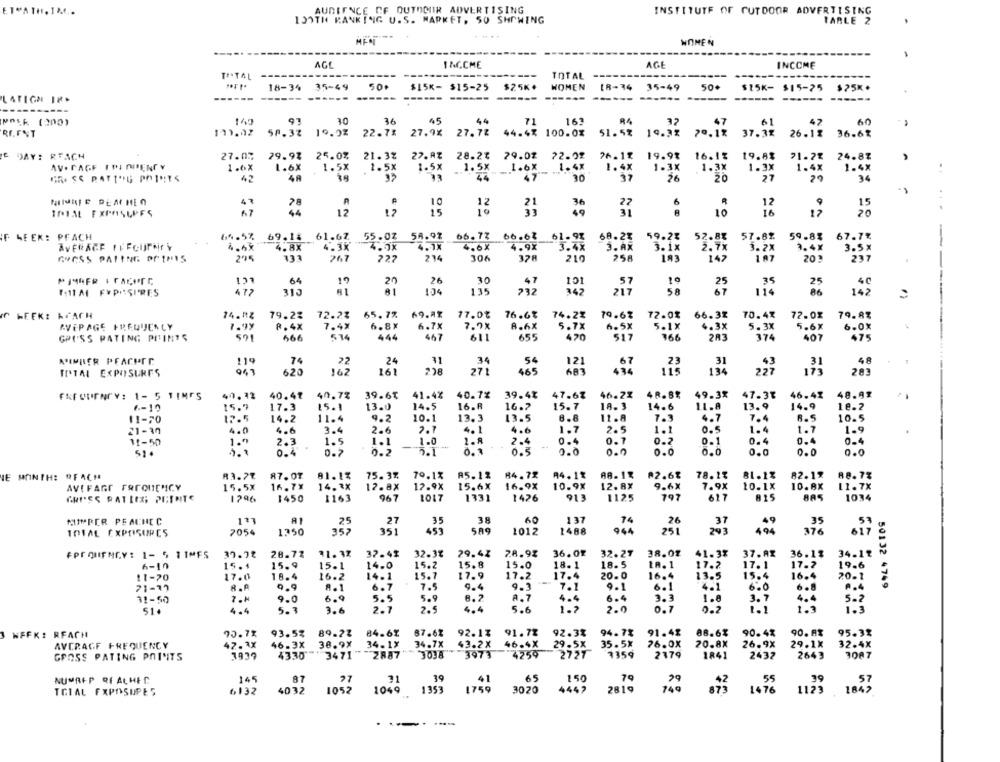
ETMATH, 1M.C.
AUDIENCE CF OUTDOOR ADVERTISING
INSTITUTF OF CUTDOOR ADVERTISING
130TH RANKING U. S. MARKET. SO SHOWING
TABLE Z
WOMEN
AGE
INCOME
AGE
INCOME
TOTAL --
---
----
TOTAL
50
18-34 35-49
$15K- $15-25
$25K +
WOMEN
18-34
35-49
50+
$15K- $15-25
$25K+
LATION IP.
------
-----
------
----
----
------
----
----------
NOSk (200)
149
3.0
36
44
163
R4
32
61
47
60
71
RGENT
111.02
58.3%
19.92
22.7%
27.9X
27.7%
44.4%
100.0%
51.5%
19.3%
79.1%
37.32
26.1%
36.62
E DAY: REACH
27.07
29.94
25.0%
21.3%
22.AZ
28.2%
79.02
72.02
26.11
19.98 16.11
19.88
71.2%
24.87
AV. PAGE IRI CIENCY
1.6X
1.6X
1.5X
1.5x
1.5x
1.5X
1.6X
1.4X
1.4X
1-3X
1.3X
1.3X
1.4X
1.4X
CROSS RATING POINTS
42
48
37
33
44
47
30
37
26
20
27
29
34
10
6
12
9
TOTAL EXPASLPES
12
12
15
12
49
27
R
10
16
17
20
F WEEK: PFACH
64.5% 69.18 61.67
55.0Z 58.97
66.77
66.62
61.9%
68.2%
59.2%
52.8%
57.8%
59.8%
67.7%
4.8X
4.3x
4.0X
4.1x
4.6X
4.9X
3.4X
3. AX
3.1X
2.7x
3.2X
1.47
3.5*
GRESS PATING OF THIS
295
331
267
227
214
304
328
210
258
183
147
1 07
203
237
101
64
20
26
30
47
57
10
25
35
25
58
TOIM FYPASIRES
472
313
81
104
135
232
342
217
67
114
86
142
WEEK: KLACH
74.AZ
79.2%
72.2%
65.7%
69.AT
17.0%
76.6%
74.2%
79.67
72.0%
66.32
70.4%
72.0%
79.8%
AVEPAGE FREQUENCY
1.)y
8.4X
6.8X
6.7x
7.9%
8.6X
6.5X
5 .1X
4.3X
5.3X
5.6X
7.4
444
467
5 . 7X
420
366
2A3
374
6.0%
475
GPU'SS PATING POINTS
501
666
514
611
655
517
31
54
31
KIMBER PEACHTE
119
74
22
24
34
121
67
23
48
TOTAL EXPOSURES
947
620
162
161
218
271
465
683
434
115
134
227
203
FREQUENCY: 1- 5 TIM55
40.12
40.4º
40.7%
39.6℃
41.4%
40.7%
39.4%
47.6%
46.2%
48.8%
49.3%
47.37
46.41
48.91
18. 3
11.8
13.9
14.9
6-10
15.9
17.3
15.1
13.0
14.5
16.8
16.7
15.7
14.6
10.2
11-70
14.2
11.4
9.2
10.1
13.3
13.5
8.8
11.8
7.3
4.7
7.4
6.5
10.5
21-30
4.0
4.6
3.4
2.6
2.7
4.1
4.6
1.7
2.5
1.1
0.5
1.4
1.7
1.9
11-50
1.9
2.3
1.5
1.1
1.0
0.4
0.7
0.2
0.1
0.4
0.4
0.4
0.4
0.7
0.2
0.0
0.0
0.0
0.0
0.0
0.0
0.0
VE MONTH: "FACH
83.77
87.07
81.13
75. 37.
79.1%
A5.12
84.72
A4.1%
AR. 18
₪2.6%
78.1%
81.1%
82.19
AVIFAGT FREQUENCY
15.5X
16.7X
14.3X
12.8x
12.9X
15.6X
16.9X
10.9X
12.8X
9.6X
7.9X
10.1X
11.7X
1125
CHILES PATLES; PI;TRITE
1296
1450
1163
967
1017
1331
1426
913
797
617
815
103
60
137
MIMPER PEACNEC
133
25
27
38
14
26
37
49
TOTAL EXPOSURES
7054
1350
357
351
589
1012
1488
944
251
243
494
.75
617
FPFONIFNGY: 1- 5 11MFS
37.78
28.72
31.3%
37.4%
32.37
29.44
28.9%
36.04
32.27
38.07
41.3%
37.AZ
36.18
34.12
15.$
15.9
15.1
14.0
15.2
15.8
15.0
18.1
18.5
LA. 1
17.2
17.1
19.6
6-10
17.2
11-70
17.0
18.4
16.2
14.1
15.7
17.9
17.2
17.4
20.0
16.4
13.5
15.4
16.4
8.A
9.9
A.1
6.7
7.5
9.4
9.3
--
7.1
9.1
6.1
6.0
50132 4749
71-17
6.8
31-50
9.0
6.9
5.5
5.9
8.2
A.7
4.4
6.4
3.3
1.8
3.7
5 . 2
4.4
5.3
3.6
2.7
2.
4.4
5.6
1.2
2.0
0.7
0.2
51.
70.72
93.5%
89-22
84.6%
87.6%
92.13
91.72
92.3%
94.7%
91.48
88.6%
90.4%
90.8%
95.3%
NFFK: REACH
AVERAGE FREQUENCY
42.1x
46-3X
38.9X
34.1X
34.7x
43.2X
46.4X
29.5X
35.5X
26.0X
20.8X
26.9X
29.1k
32.4x
3937
4330"
3471"
2887
3038
3973
14259
2727
7359
2179
1841
2432
2643
3087
GROSS PATING POINTS
145
87
27
39
150
79
55
NUMREP OF ALHEC
1756
.41
65
149
TCIAL FXPOSUPES
6132
4032
1052
1049
1353
3020
4447
2819
1476
1123
1047